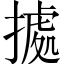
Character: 㨿